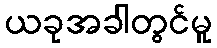
ယခုအခါတွင်မူ